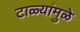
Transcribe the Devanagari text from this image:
टाळ्यांमुळे